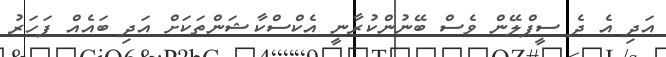
އަދި އެ ދެ ސީޕްލޭން ވެސް ބޭނުންކުރާނީ އެކްސްކާޝަންތަކަށް އަދި ބައެއް ފަހަރު